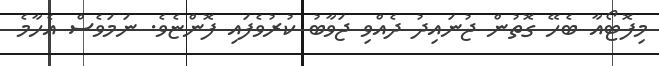
މިފޮޓޯއާ ބެހޭ ގޮތުން ޖުނައިދު ދެއްވި ޖަވާބު ކުރުވެފައި ފޮންޏެވެ. ނަމަވެސް އެހާމެ